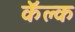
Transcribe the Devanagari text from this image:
कॅल्क